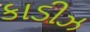
કાડીઝ